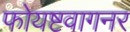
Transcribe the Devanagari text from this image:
फोयष्टवागनर